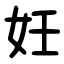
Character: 妊